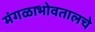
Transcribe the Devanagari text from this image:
मंगळाभोवतालचे